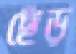
ছেঁড়